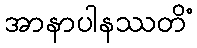
အာနာပါနဿတိံ